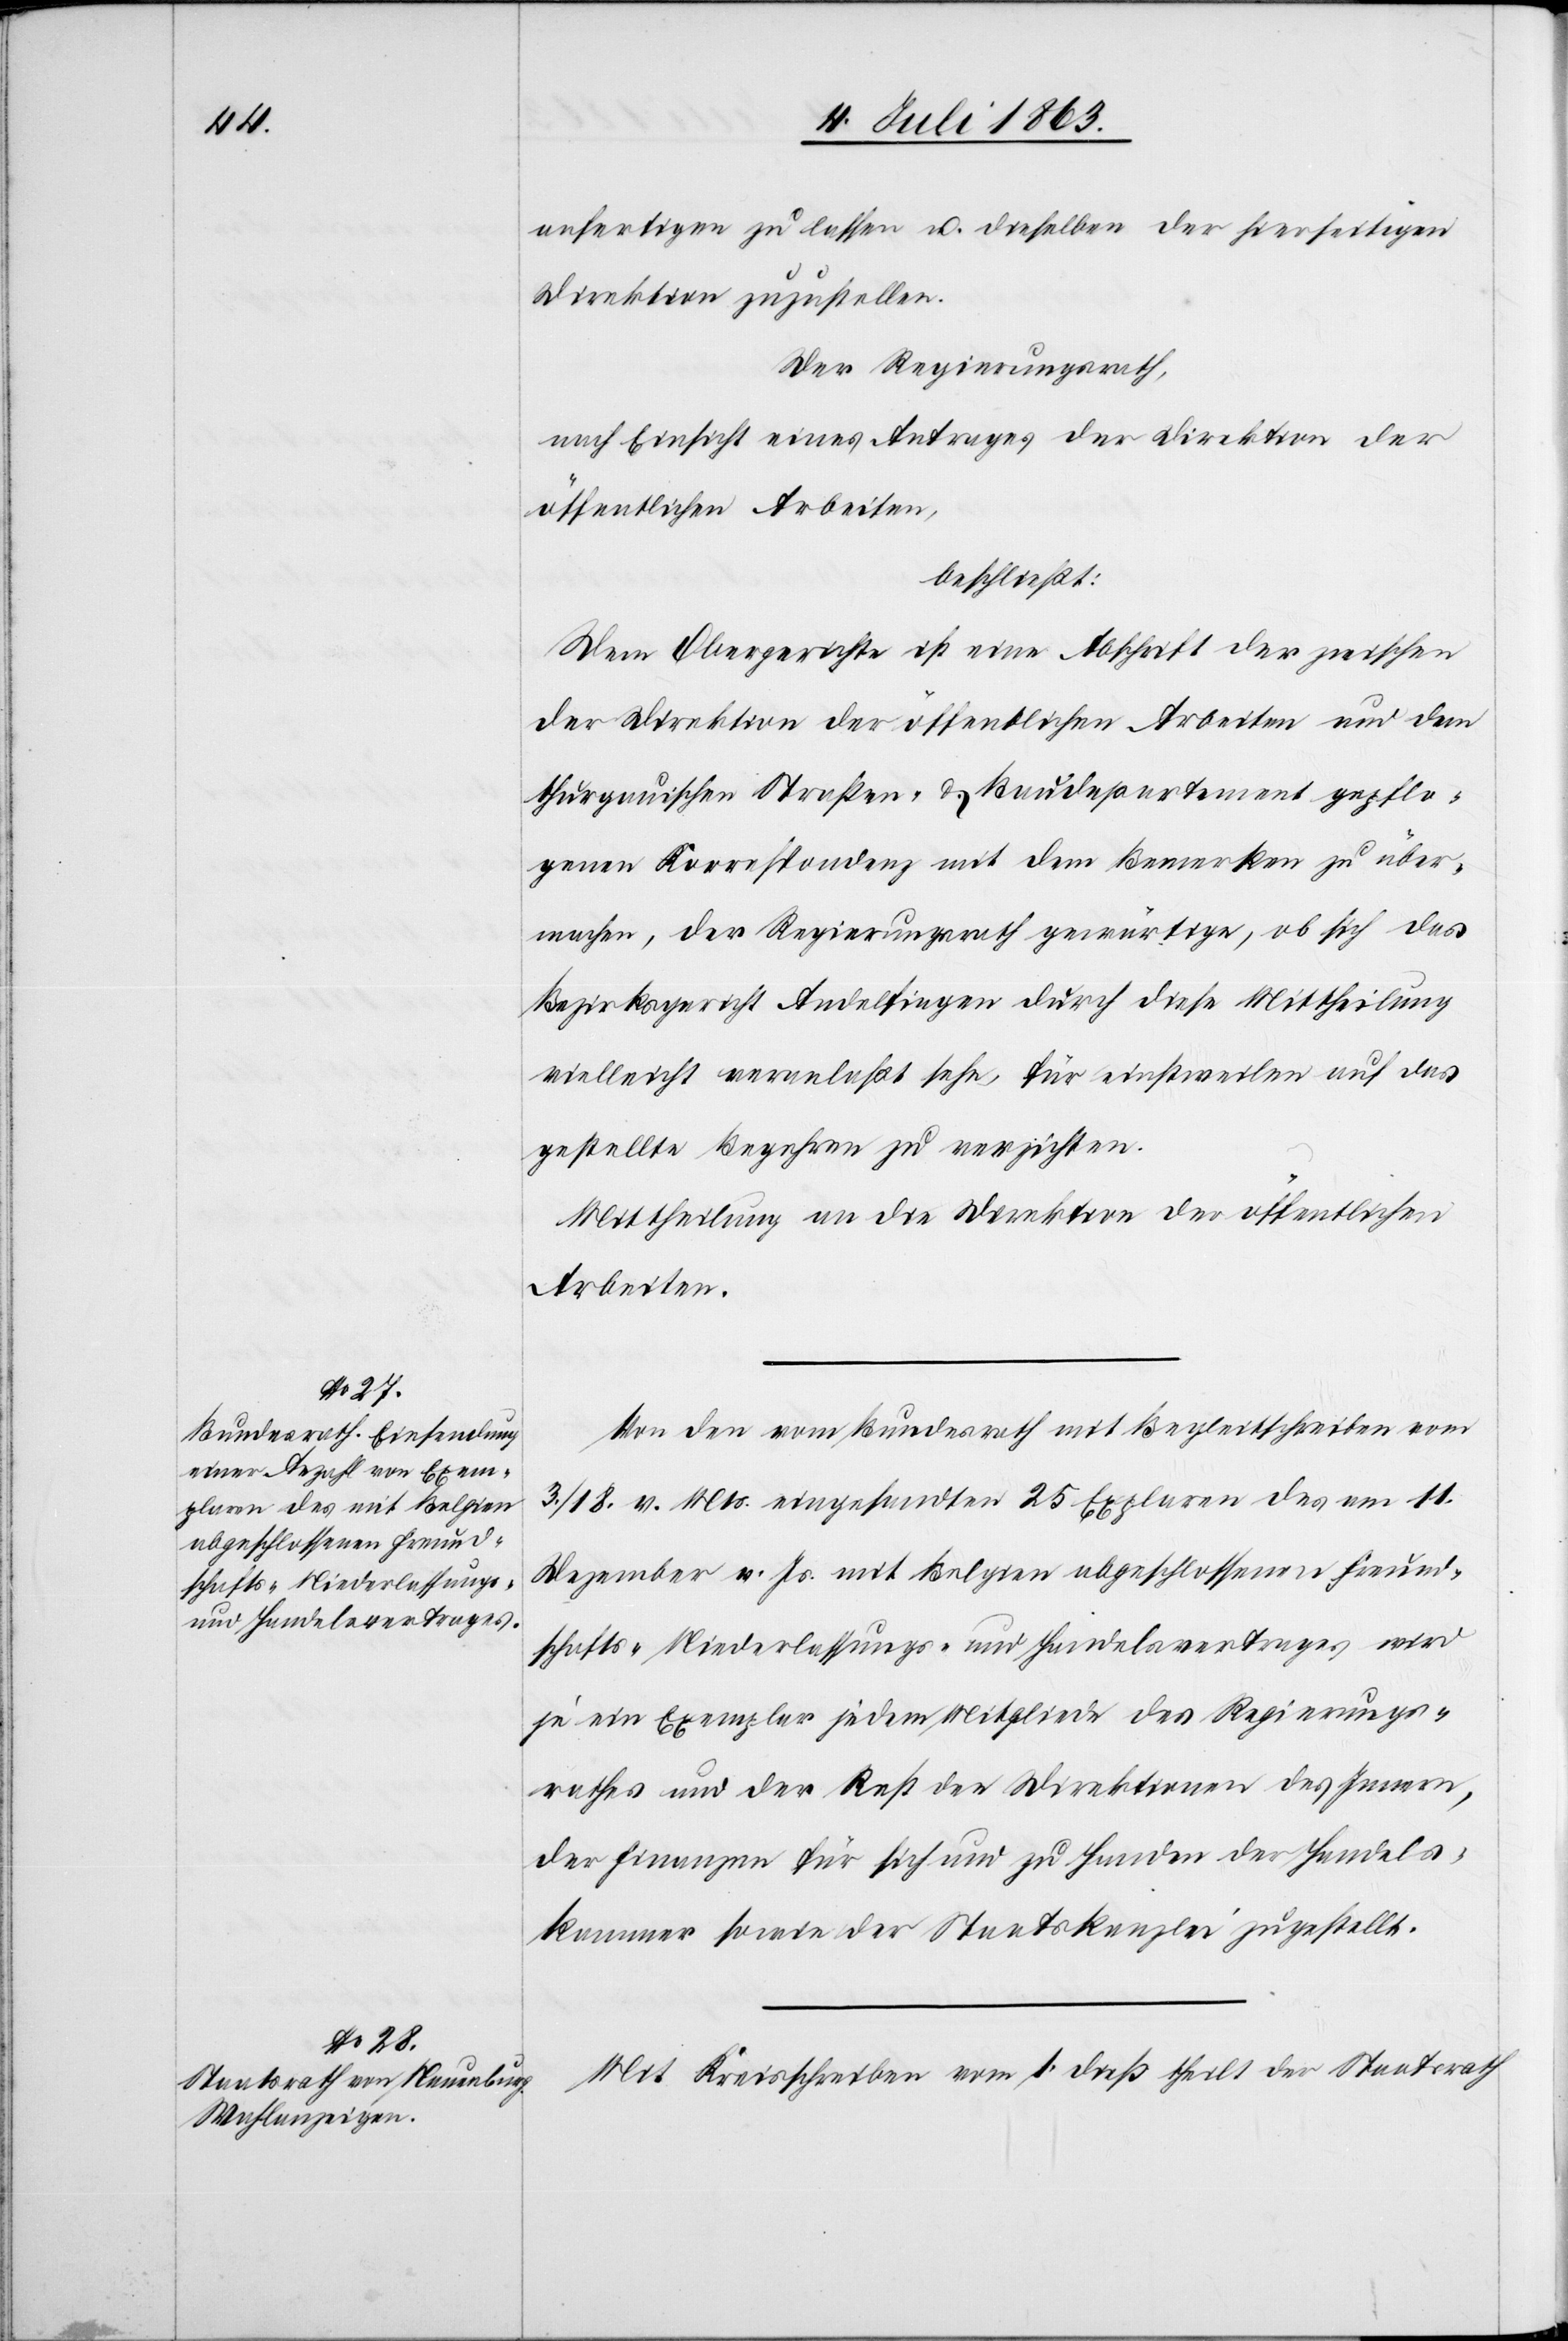
anfertigen zu lassen u. dieselben der hierseitigen
Direktion zuzustellen.
Der Regierungsrath,
nach Einsicht eines Antrages der Direktion der
öffentlichen Arbeiten,
beschließt:
Dem Obergerichte ist eine Abschrift der zwischen
der Direktion der öffentlichen Arbeiten und dem
thurgauischen Straßen- & Baudepartement gepflo¬
genen Korrespondenz mit dem Bemerken zu über¬
machen, der Regierungsrath gewärtige, ob sich das
Bezirksgericht Andelfingen durch diese Mittheilung
vielleicht veranlaßt sehe, für einstweilen auf das
gestellte Begehren zu verzichten.
Mittheilung an die Direktion der öffentlichen
Arbeiten.
Von den vom Bundesrath mit Begleitschreiben vom
3./18. v. Mts. eingesandten 25 Ex[em]plaren des am 11.
Dezember v. Js. mit Belgien abgeschlossenen Freund¬
schafts-[,] Niederlassungs- und Handelsvertrages wird
je ein Exemplar jedem Mitgliede des Regierungs¬
rathes und der Rest den Direktionen des Innern,
der Finanzen für sich und zu Handen der Handels¬
kammer sowie der Staatskanzlei zugestellt.
Mit Kreisschreiben vom 1. dieß theilt der Staatsrath